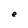
Character: e